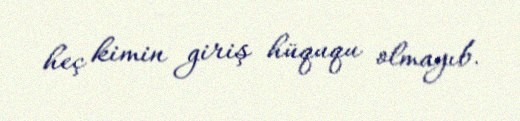
heç kimin giriş hüququ olmayıb.